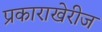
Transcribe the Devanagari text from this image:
प्रकाराखेरीज